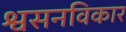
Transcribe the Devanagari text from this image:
श्वसनविकार